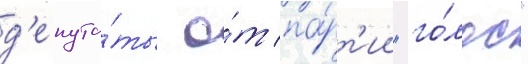
д'епута́ты о́т па́рт'ии "го́лос"